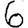
Digit: 6